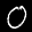
Label: 0